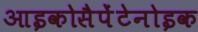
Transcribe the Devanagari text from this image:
आइकोसैपेंटेनोइक